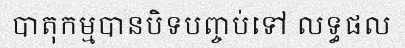
បាតុកម្មបានបិទបញ្ចប់ទៅ លទ្ធផល